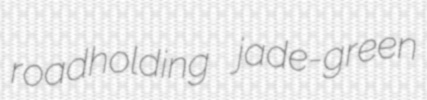
roadholding jade-green